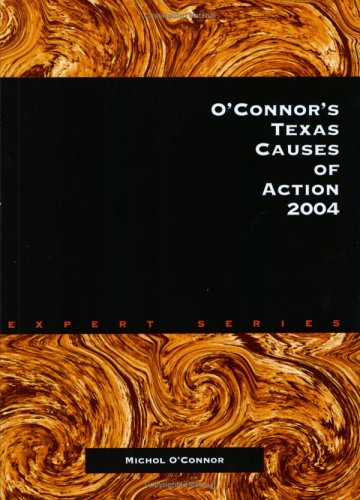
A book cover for O'Connor's Texas Causes of Action, 2004; Michol O'Connor; Law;